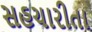
સહચારીતા